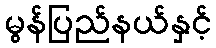
မွန်ပြည်နယ်နှင့်